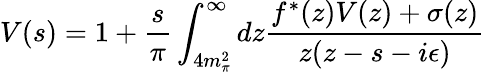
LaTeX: V(s)=1+\frac{s}{\pi}\int_{4m_{\pi}^{2}}^{\infty}dz\frac{f^{*}(z)V(z)+\sigma(z)}{z(z-s-i\epsilon)}